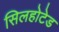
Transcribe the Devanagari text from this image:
सिलहोटेड